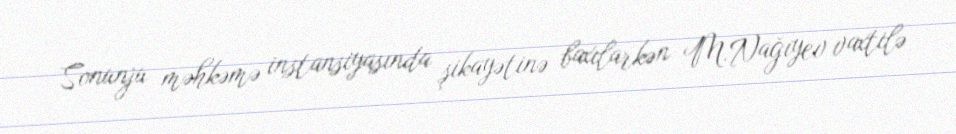
Sonunju məhkəmə instansiyasında şikayətinə baxılarkən M.Nağıyev vaxtilə